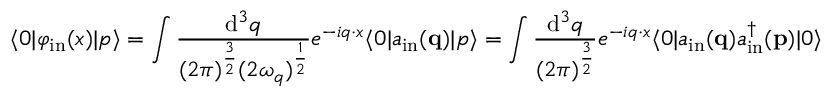
\langle 0 | \varphi _ { \mathrm { i n } } ( x ) | p \rangle = \int { \frac { \mathrm { d } ^ { 3 } q } { ( 2 \pi ) ^ { \frac { 3 } { 2 } } ( 2 \omega _ { q } ) ^ { \frac { 1 } { 2 } } } } e ^ { - i q \cdot x } \langle 0 | a _ { \mathrm { i n } } ( \mathbf { q } ) | p \rangle = \int { \frac { \mathrm { d } ^ { 3 } q } { ( 2 \pi ) ^ { \frac { 3 } { 2 } } } } e ^ { - i q \cdot x } \langle 0 | a _ { \mathrm { i n } } ( \mathbf { q } ) a _ { \mathrm { i n } } ^ { \dagger } ( \mathbf { p } ) | 0 \rangle